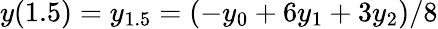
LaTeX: y(1.5)=y_{1.5}=(-y_{0}+6y_{1}+3y_{2})/8